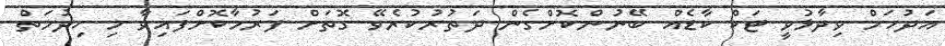
އަދުހަމް ވިދާޅުވީ ޓަކް ކާޑެއް ބޭނުންކޮށްގެން ދަތުރުކުރެވޭ ގޮތަށް ފަރުމާކޮށްފައިވާ މި ހިދުމަތް